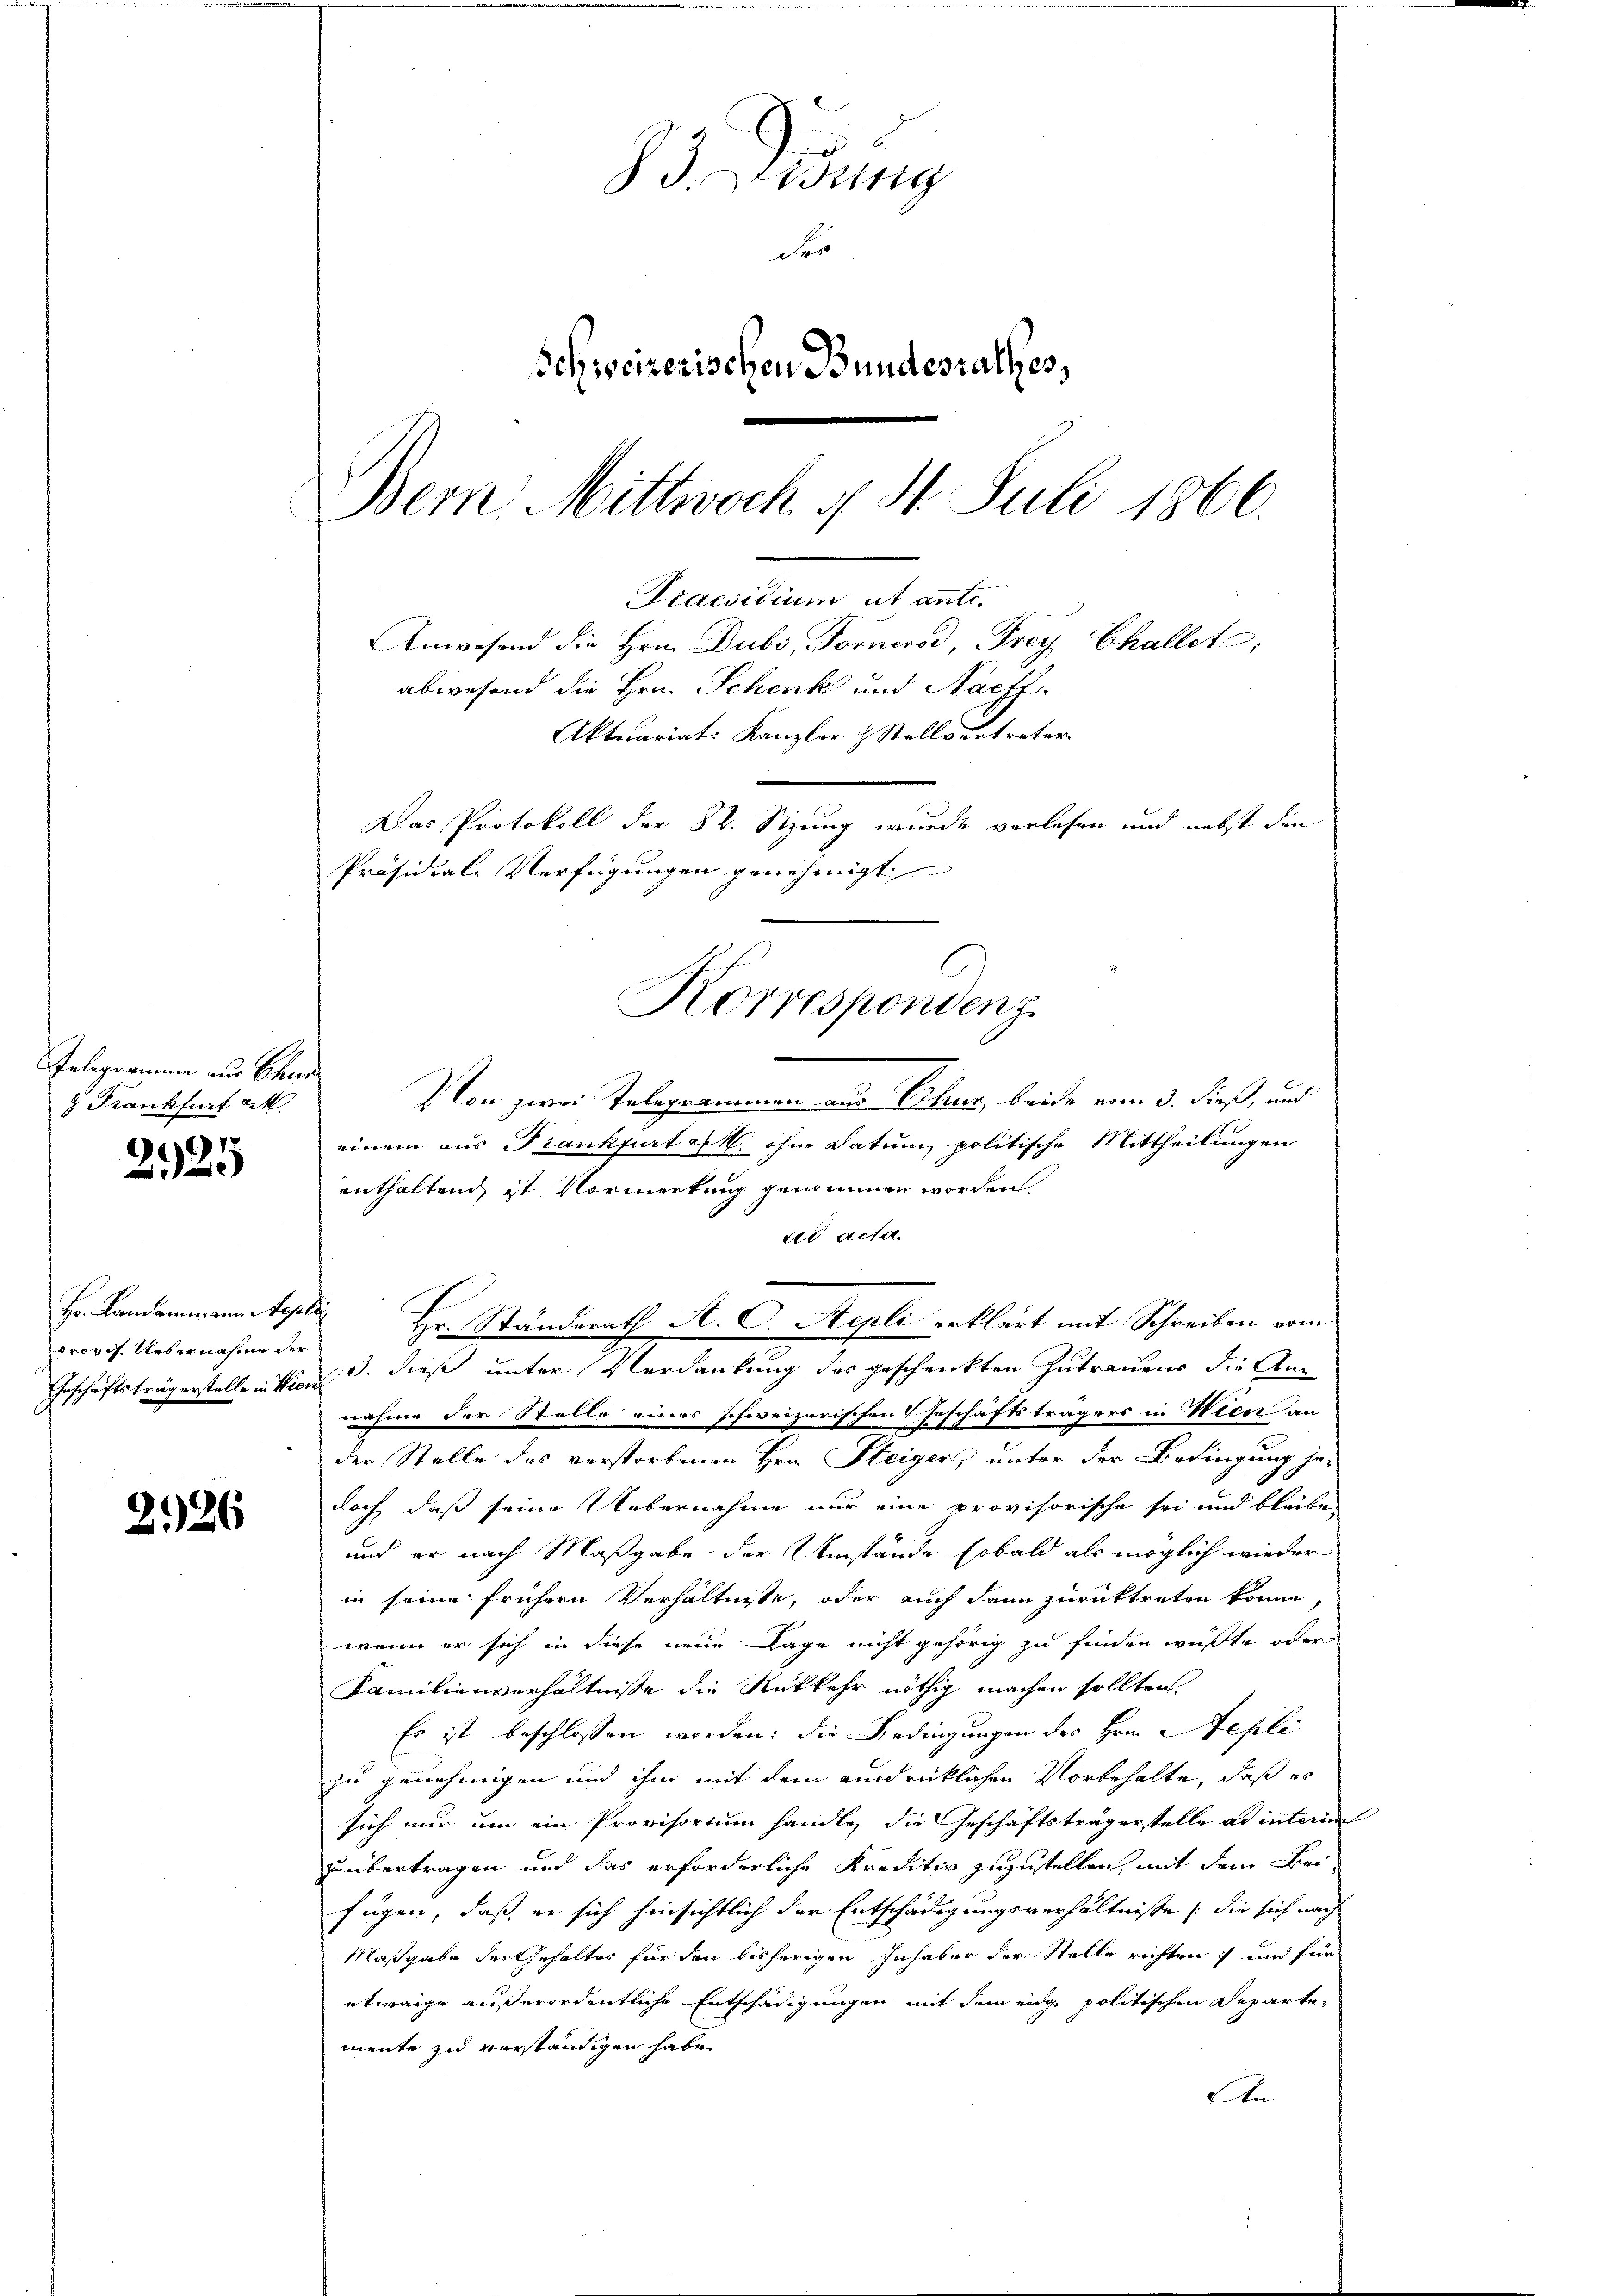
2125

Hr. Landammann Appe
provis. Uebernahme der
Inschäftsträgerstelle in Vier

2926

Telegrammen aus Chur
8 Frankfurt cit.

d
3. redung
de
Schweizerischen Bundesrathes,
.
Bern Mittwoch 4 St. Juli 1866.
Praesidium ut ante.
Anwesend die Hrn. Dubs, Forners Frey Challet,
abwesend die Hrn. Schenk und Nachf
Aktuariat. Kanzler & Stellvertreter

Das Protokoll der St. Stzung wurde verlesen und nebst den
Präsidiale Verfügungen genehmigt.
Korrespondenz

Von zwei Telegrammen aus Chur, beide vom 3. dieß, und
einem aus Frankfurt est ohne Datum politische Mittheilungen
enthaltend ist Vormerkung genommen worden.
ad acta.
t Hr. Ständerath A. C. Stepli erklärt mit Schreiben vom
 d. diese unter Verdankung des geschrickten Zutrauens die Anschäftsträgers in Wien an
nahme der Stelle eines schweizerischen.
der Stelle des verstorbenen Hrn. Steiger, unter der Bedingung jedoch, daß seine Uebernahme nur eine provisorische sei und bleibe
 E
und er nach Maßgabe der Umstände sobald als möglich wiederin seine frühern Verhältnisse, oder auch dann zurücktreten könne,
wenn er sich in diese neue Lage nicht gehörig zu finden wüßte oder
Familienverhältnisse die Rückkehr nöthig machen sollten.
Es ist beschlossen worden: die Bedingungen des Hrn. Sepli
zu genehmigen und ihm mit dem ausdrücklichen Vorbehalte, daß es
sich nur um ein Provisorium handle, die Geschäftsträgerstelle ad interim
zu übertragen und das erforderliche Kreditiv zuzustellen, mit dem Beifügen, daß er sich hinsichtlich der Entschädigungsverhältnisse (die sich nach
Maßgabe des Gehaltes für den bisherigen Inhaber der Stelle richten, und für
etwaige außerordentliche Entschädigungen mit dem eidge politischen Departemente zu verständigen habe.
An